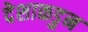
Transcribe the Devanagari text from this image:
देशाकडुन